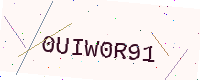
Text: 0UIW0R91